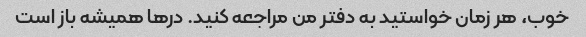
خوب، هر زمان خواستید به دفتر من مراجعه کنید. درها همیشه باز است